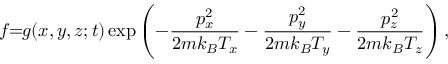
f \! \! = \! \! g ( x , y , z ; t ) \exp \left( - \frac { p _ { x } ^ { 2 } } { 2 m k _ { B } T _ { x } } - \frac { p _ { y } ^ { 2 } } { 2 m k _ { B } T _ { y } } - \frac { p _ { z } ^ { 2 } } { 2 m k _ { B } T _ { z } } \right) ,